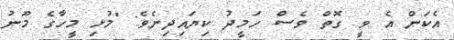
އެކަން އެ ވީ ގޮތް ވެސް ހަމީދު ކިޔައިދިނެވެ: "މުޅި މީހާގެ މޫނު